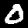
Digit: 0